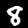
Digit: 8